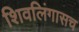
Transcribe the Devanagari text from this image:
शिवलिंगासच